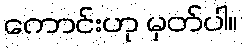
ကောင်းဟု မှတ်ပါ။